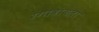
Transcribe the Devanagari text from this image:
रंगावायला